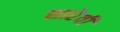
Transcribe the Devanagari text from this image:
सारेवी